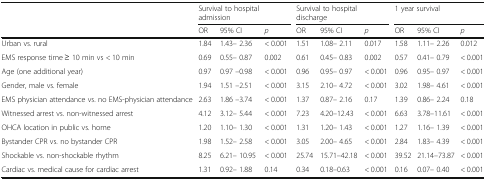
<table><thead><tr><td rowspan="2"></td><td colspan="3"><b>Survival to hospital admission</b></td><td colspan="3"><b>Survival to hospital discharge</b></td><td colspan="3"><b>1 year survival</b></td></tr><tr><td><b>OR</b></td><td><b>95% CI</b></td><td><b><i>p</i></b></td><td><b>OR</b></td><td><b>95% CI</b></td><td><b><i>p</i></b></td><td><b>OR</b></td><td><b>95% CI</b></td><td><b><i>p</i></b></td></tr></thead><tbody><tr><td>Urban vs. rural</td><td>1.84</td><td>1.43– 2.36</td><td>&lt; 0.001</td><td>1.51</td><td>1.08– 2.11</td><td>0.017</td><td>1.58</td><td>1.11– 2.26</td><td>0.012</td></tr><tr><td>EMS response time ≥ 10 min vs &lt; 10 min</td><td>0.69</td><td>0.55– 0.87</td><td>0.002</td><td>0.61</td><td>0.45– 0.83</td><td>0.002</td><td>0.57</td><td>0.41– 0.79</td><td>&lt; 0.001</td></tr><tr><td>Age (one additional year)</td><td>0.97</td><td>0.97 –0.98</td><td>&lt; 0.001</td><td>0.96</td><td>0.95– 0.97</td><td>&lt; 0.001</td><td>0.96</td><td>0.95– 0.97</td><td>&lt; 0.001</td></tr><tr><td>Gender, male vs. female</td><td>1.94</td><td>1.51 –2.51</td><td>&lt; 0.001</td><td>3.15</td><td>2.10– 4.72</td><td>&lt; 0.001</td><td>3.02</td><td>1.98– 4.61</td><td>&lt; 0.001</td></tr><tr><td>EMS physician attendance vs. no EMS-physician attendance</td><td>2.63</td><td>1.86 –3.74</td><td>&lt; 0.001</td><td>1.37</td><td>0.87– 2.16</td><td>0.17</td><td>1.39</td><td>0.86– 2.24</td><td>0.18</td></tr><tr><td>Witnessed arrest vs. non-witnessed arrest</td><td>4.12</td><td>3.12– 5.44</td><td>&lt; 0.001</td><td>7.23</td><td>4.20–12.43</td><td>&lt; 0.001</td><td>6.63</td><td>3.78–11.61</td><td>&lt; 0.001</td></tr><tr><td>OHCA location in public vs. home</td><td>1.20</td><td>1.10– 1.30</td><td>&lt; 0.001</td><td>1.31</td><td>1.20– 1.43</td><td>&lt; 0.001</td><td>1.27</td><td>1.16– 1.39</td><td>&lt; 0.001</td></tr><tr><td>Bystander CPR vs. no bystander CPR</td><td>1.98</td><td>1.52– 2.58</td><td>&lt; 0.001</td><td>3.05</td><td>2.00– 4.65</td><td>&lt; 0.001</td><td>2.84</td><td>1.83– 4.39</td><td>&lt; 0.001</td></tr><tr><td>Shockable vs. non-shockable rhythm</td><td>8.25</td><td>6.21– 10.95</td><td>&lt; 0.001</td><td>25.74</td><td>15.71–42.18</td><td>&lt; 0.001</td><td>39.52</td><td>21.14–73.87</td><td>&lt; 0.001</td></tr><tr><td>Cardiac vs. medical cause for cardiac arrest</td><td>1.31</td><td>0.92– 1.88</td><td>0.14</td><td>0.34</td><td>0.18–0.63</td><td>&lt; 0.001</td><td>0.16</td><td>0.07– 0.40</td><td>&lt; 0.001</td></tr></tbody></table>